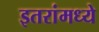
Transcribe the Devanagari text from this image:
इतरांमध्ये